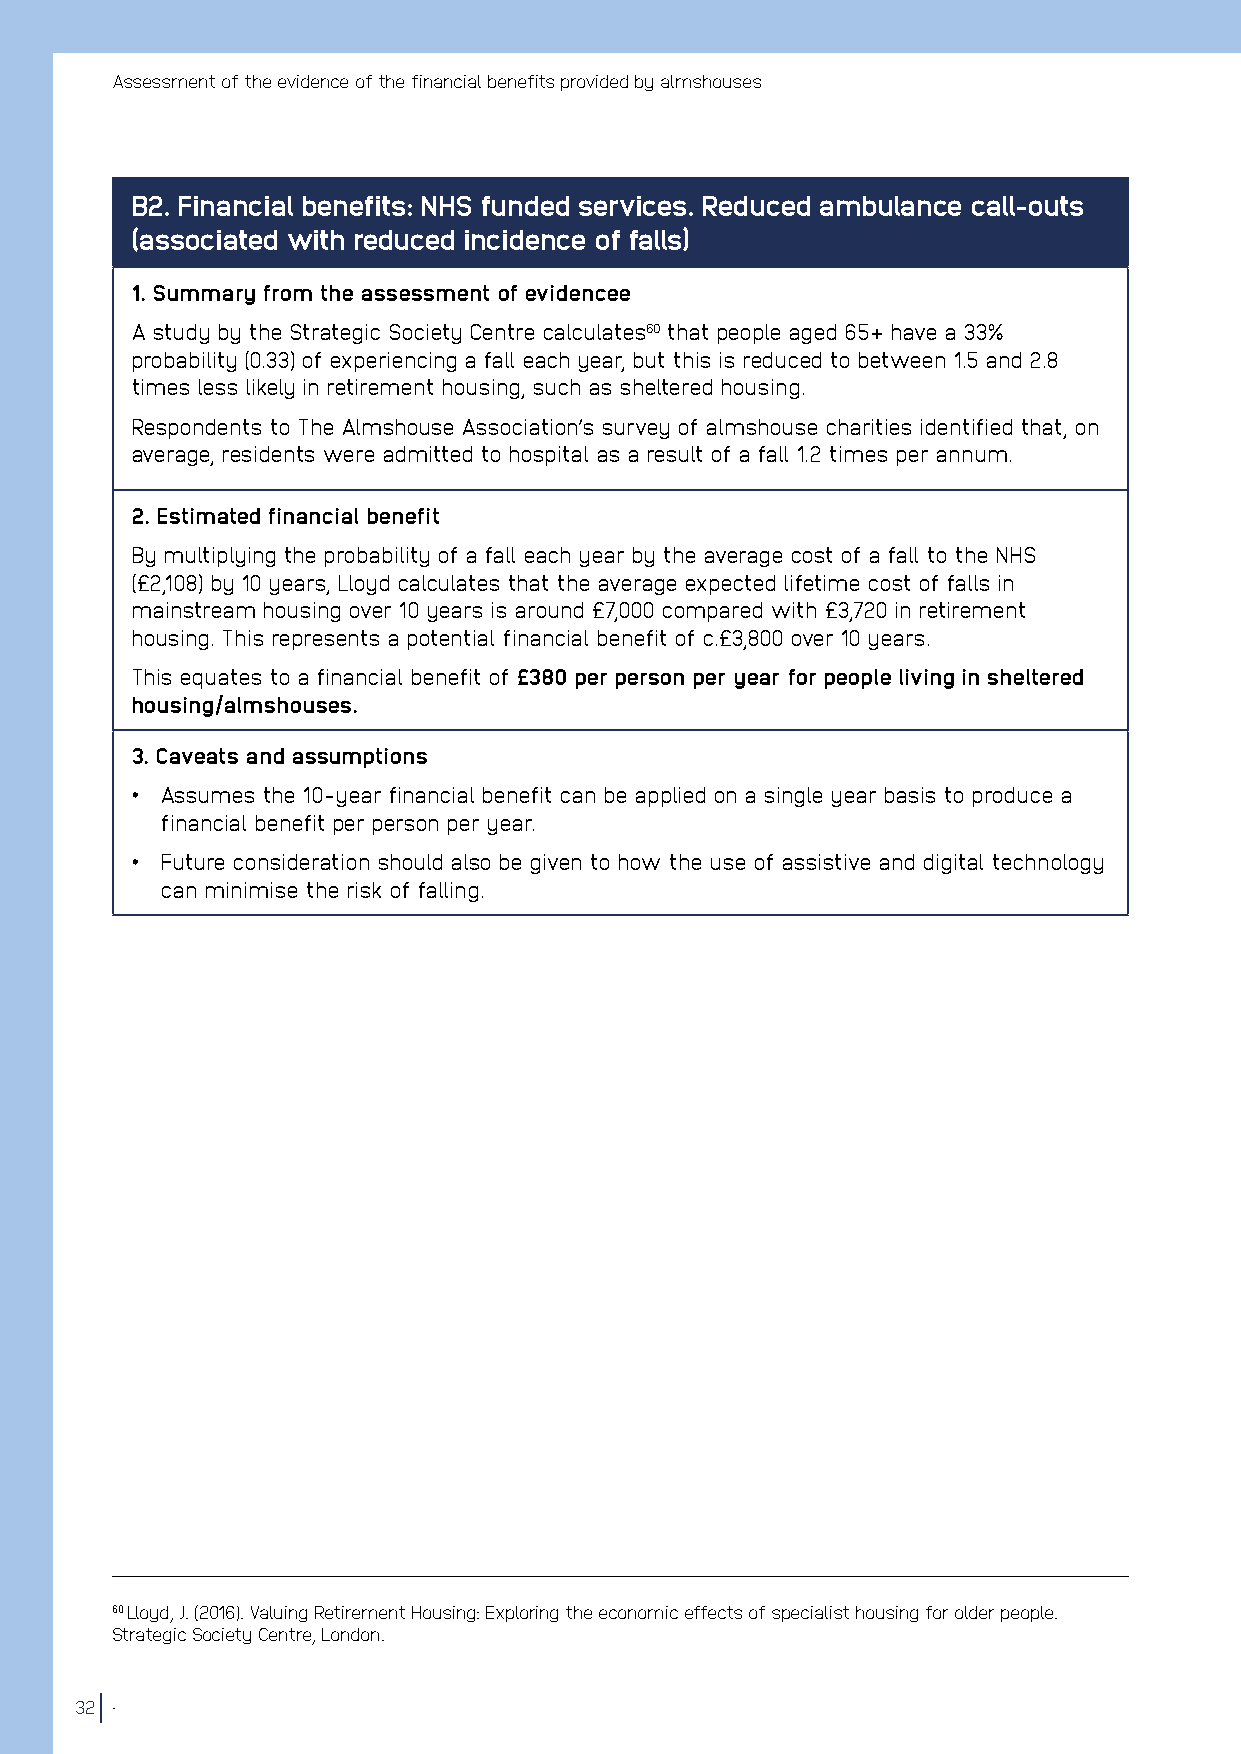
Assessment of the evidence of the financial benefits provided by almshouses
 B2. Financial benefits: NHS funded services. Reduced ambulance call-outs
 (associated with reduced incidence of falls)
 1. Summary from the assessment of evidencee
 A study by the Strategic Society Centre calculates60 that people aged 65+ have a 33%
 probability (0.33) of experiencing a fall each year, but this is reduced to between 1.5 and 2.8
 times less likely in retirement housing, such as sheltered housing.
 Respondents to The Almshouse Association’s survey of almshouse charities identified that, on
 average, residents were admitted to hospital as a result of a fall 1.2 times per annum.
 2. Estimated financial benefit
 By multiplying the probability of a fall each year by the average cost of a fall to the NHS
 (£2,108) by 10 years, Lloyd calculates that the average expected lifetime cost of falls in
 mainstream housing over 10 years is around £7,000 compared with £3,720 in retirement
 housing. This represents a potential financial benefit of c.£3,800 over 10 years.
 This equates to a financial benefit of £380 per person per year for people living in sheltered
 housing/almshouses.
 3. Caveats and assumptions
 • Assumes the 10-year financial benefit can be applied on a single year basis to produce a
 financial benefit per person per year.
 • Future consideration should also be given to how the use of assistive and digital technology
 can minimise the risk of falling.
 60 Lloyd, J. (2016). Valuing Retirement Housing: Exploring the economic effects of specialist housing for older people.
 Strategic Society Centre, London.
 32 .